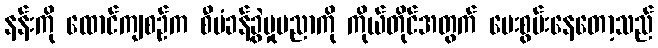
နန်းကို ထောင်ကျစဉ်က စီမံခန့်ခွဲမှုပညာကို ကိုယ်တိုင်အတွက် ပေးစွမ်းနေတော့သည်